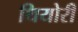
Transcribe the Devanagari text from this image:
थियोरी